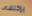
بإكتشاف